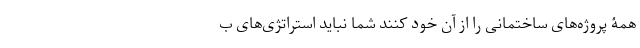
همۀ پروژه‌های ساختمانی را از آن خود کنند شما نباید استراتژی‌های ب